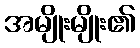
အမျိုးမျိုး၏